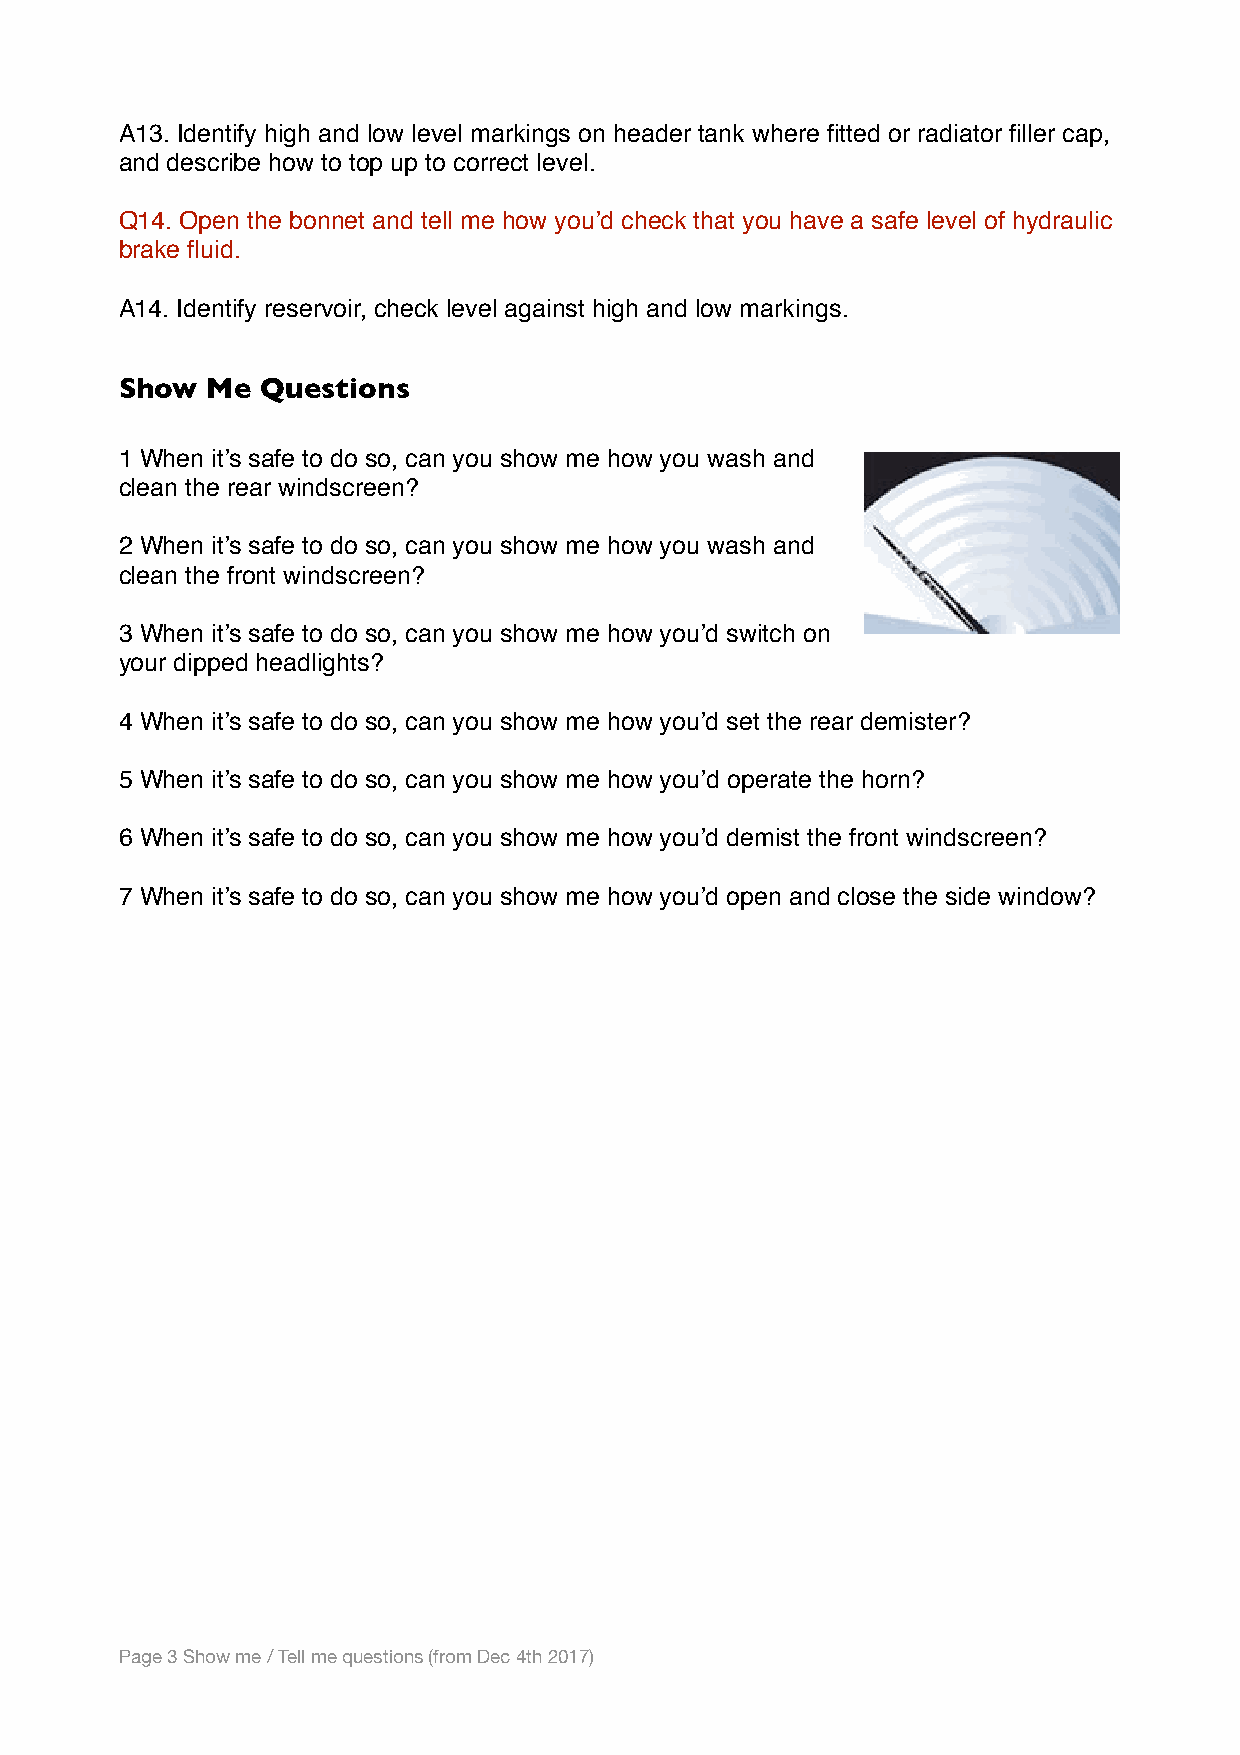
A13. Identify high and low level markings on header tank where fitted or radiator filler cap,
 and describe how to top up to correct level.
 Q14. Open the bonnet and tell me how you’d check that you have a safe level of hydraulic
 brake fluid.
 A14. Identify reservoir, check level against high and low markings.
 Show  Me Questions
 1 When it’s safe to do so, can you show me how you wash and
 clean the rear windscreen?
 2 When it’s safe to do so, can you show me how you wash and
 clean the front windscreen?
 3 When it’s safe to do so, can you show me how you’d switch on
 your dipped headlights?
 4 When it’s safe to do so, can you show me how you’d set the rear demister?
 5 When it’s safe to do so, can you show me how you’d operate the horn?
 6 When it’s safe to do so, can you show me how you’d demist the front windscreen?
 7 When it’s safe to do so, can you show me how you’d open and close the side window?
 Page 3 Show me / Tell me questions (from Dec 4th 2017)